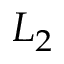
L _ { 2 }